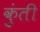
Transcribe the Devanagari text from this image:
कुुंती